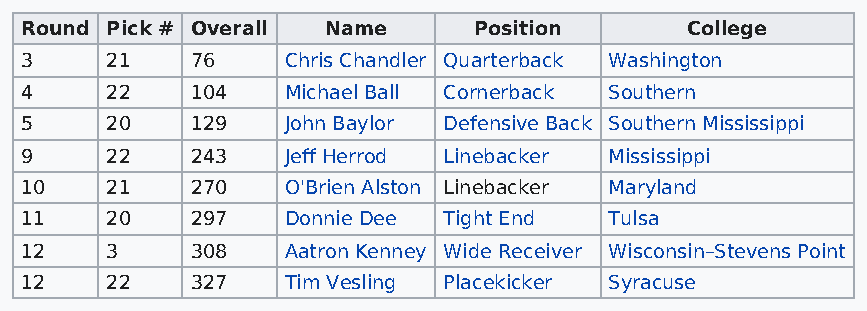
Round Pick # Overall Name     Position      College
 3     21    76    Chris Chandler Quarterback Washington
 4     22    104   Michael Ball Cornerback Southern
 5     20    129   John Baylor Defensive Back Southern Mississippi
 9     22    243   Jeff Herrod Linebacker Mississippi
 10    21    270   O'Brien Alston Linebacker Maryland
 11    20    297   Donnie Dee Tight End Tulsa
 12    3     308   Aatron Kenney Wide Receiver Wisconsin–Stevens Point
 12    22    327   Tim Vesling Placekicker Syracuse